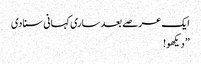
ایک عرصے بعد ساری کہانی سنادی
” دیکھو!